Report on sanitation, dispensaries, and jails in Rajputana for 1911, and on vaccination for the year 1911-1912 - 1911-1912
Year: 1911
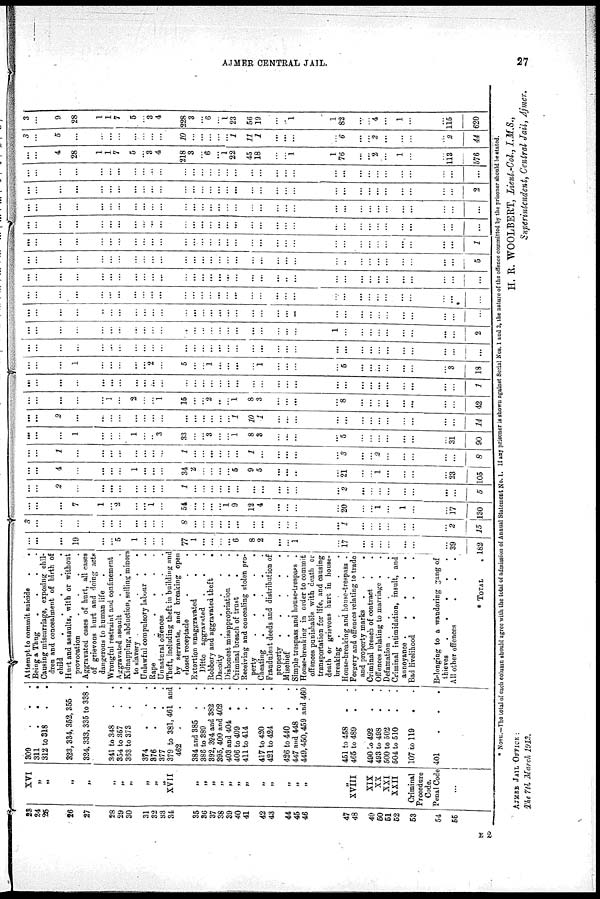
AJMER CENTRAL JAIL.
27
23
24
26
26
27
28
29
30
31
32
33
34
35
36
37
38
39
40
41
42
43
44
45
46
47
48
49
50
51
52
53
54
55
XVI
„
„
„
„
„
„
„
„
„
„
XVII
„
„
„
„
„
„
„
„
„
„
„
„
„
XVIII
XIX
XX
XXI
XXII
Criminal
Procedure
Code.
Penal Code
...
309
.
.
.
311
. . .
312 to 318 . .
323,334,352, 355 .
324, 333,335 to 338 .
341 to 348 . .
354 to 357 . .
363 to 373 . .
374
.
. .
376
.
.
.
377 . .
379 to 381, 461 and
462
. . .
384 and 385
. .
386 to 389 . .
392, 394 and 382 .
395, 400 and 402 .
403 and 404 . .
406 to 409 . .
411 to 414 . .
417 to 420 . .
421 to 424 . .
426 to 440 . .
447 and 448
. .
449,450,459 and 460
451 to 458 . .
465 to 489 . .
490 to 492 . .
493 to 498 . .
500 to 502 . .
504 to 510 . .
107 to 119 . .
401
.
.
.
Attempt to commit suicide
.
.
Being a Thug
.
.
.
.
Causing miscarriage, exposing chil-
dren and concealment of birth of
child
. . . . .
Hurt and assaults, with or without
provocation
.
.
.
.
Aggravated cases of hurt, all cases
of grievous hurt and doing acts
dangerous to human life .
Wrongful restraint and confinement
Aggravated assault . . .
Kidnapping, abduction, selling minors
to slavery .
.
.
.
Unlawful compulsory labour . .
Rape
.
.
.
.
.
Unnatural offences . . .
Theft, including theft in building and
by servants, and breaking open
closed receptacle . . .
Extortion unaggravated . .
Ditto aggravated
.
.
Robbery and aggravated theft
.
Dacoity
.
.
.
.
.
Dishonest misappropriation. .
Criminal breach of trust
. .
Receiving and concealing stolen pro-
perty
.
.
.
.
.
Cheating
.
.
.
.
.
Fraudulent deeds and distribution of
property .
.
.
.
.
Mischief
.
.
.
.
.
Simple trespass and house-trespass .
House-breaking in order to commit
offences punishable with death or
transportation for life, and causing
death or grievous hurt in house¬
breaking .
.
.
.
House-breaking and house-trespass .
Forgery and offences relating to trade
and property marks
.
.
.
Criminal breach of contract . .
Offences relating to marriage . .
Defamation .
.
.
.
.
Criminal intimidation, insult, and
annoyance .
.
.
.
.
Bad livelihood
.
.
.
.
Belonging to a wandering gang of
thieves
.
.
.
.
.
All other offences
. . .
* TOTAL
.
...
...
...
19
...
...
5
1
...
...
...
77
1
...
...
...
...
6
8
2
...
...
1
...
17
...
...
...
...
...
...
...
39
182
3
...
...
...
...
...
...
...
...
...
...
8
...
...
...
...
...
...
...
...
...
...
...
...
1
...
...
...
...
...
...
...
2
15
...
...
...
7
1
...
2
...
...
1
...
54
...
...
...
...
1
9
12
4
...
...
...
...
20
...
...
1
...
1
...
...
17
130
...
...
2
...
...
...
...
...
...
...
...
1
...
...
...
...
...
...
...
...
...
...
...
...
2
...
...
...
...
...
...
...
...
5
...
...
4
...
...
...
...
1
...
...
...
34
2
...
...
...
...
5
9
5
...
...
...
...
21
...
...
1
...
...
...
...
23
105
...
...
1
...
...
...
...
...
...
...
...
1
...
...
...
...
...
...
1
...
...
...
...
...
3
...
...
2
...
...
...
...
...
8
...
...
...
1
...
...
...
1
...
...
3
33
...
...
3
...
...
1
8
3
...
...
...
...
5
...
...
...
...
...
...
...
31
90
...
...
2
...
...
...
...
...
...
...
...
...
...
...
...
...
...
1
10
1
...
...
...
...
...
...
...
...
...
...
...
...
...
14
...
...
...
...
...
1
...
2
...
...
1
15
...
...
2
...
...
1
8
3
...
...
...
...
8
...
...
...
...
...
...
...
...
42
...
...
...
...
...
...
...
...
...
...
...
...
...
...
...
...
...
...
...
...
...
...
...
...
...
...
...
...
...
...
...
...
...
1
...
...
...
1
...
...
...
...
...
2
...
5
...
...
1
...
...
...
...
1
...
...
...
...
5
...
...
...
...
...
...
...
3
18
...
...
...
...
...
...
...
...
...
...
...
...
...
...
...
...
...
...
...
...
...
...
...
...
...
...
...
...
...
...
...
...
...
...
...
...
...
...
...
...
...
...
...
...
...
...
...
...
...
...
...
...
...
...
...
...
...
1
...
...
...
...
...
...
...
...
...
2
...
...
...
...
...
...
...
...
...
...
...
...
...
...
...
...
...
...
...
...
...
...
...
...
...
...
...
...
...
...
...
...
...
...
...
...
...
...
...
...
...
...
...
...
...
...
...
...
...
...
...
...
...
...
...
...
...
...
...
...
...
...
...
...
...
...
...
...
...
...
...
...
...
...
...
...
...
...
...
...
...
...
...
...
...
...
...
...
...
..
...
...
...
...
...
...
...
...
...
...
...
...
...
...
...
...
...
...
...
...
...
...
...
...
...
...
...
...
...
...
...
...
...
...
...
...
..
...
...
...
...
...
...
...
...
5
...
...
...
...
...
...
...
...
...
...
...
...
...
...
...
...
...
...
...
...
...
...
...
...
...
...
...
...
...
...
...
...
...
1
...
...
...
...
...
...
...
...
...
...
...
...
...
...
...
...
...
...
...
...
...
...
...
...
...
...
...
...
...
...
...
...
...
...
...
...
...
...
...
...
...
...
...
...
...
...
...
...
...
...
...
...
...
...
...
...
...
...
...
...
...
...
...
...
...
...
...
...
...
...
...
...
...
...
...
...
...
...
...
...
...
...
...
...
...
...
...
...
...
...
...
...
...
...
...
...
...
...
...
...
...
2
...
...
...
...
...
...
...
...
...
...
...
...
...
...
...
...
...
...
...
...
...
...
...
...
...
...
...
...
...
...
...
...
...
...
...
4
28
1
1
7
5
...
3
4
218
3
...
6
...
1
22
45
18
...
...
1
1
76
...
...
2
...
1
...
...
113
576
3
...
5
...
...
...
...
...
...
...
...
10
...
...
...
...
...
1
11
1
...
...
...
...
6
...
...
2
...
...
...
...
2
44
3
...
9
28
1
1
7
5
...
3
4
228
3
...
6
...
1
23
56
19
...
...
1
1
82
...
...
4
...
1
...
...
115
620
* NOTE.—The total of each column should agree with the total of admission of Annual Statement No. I. If any prisoner is shown against Serial Nos. 1 and 2, the nature of the offence committed by the prisoner should be stated.
H. R. WOOLBERT, Lieut-Col, I.M.S.,
Superintendent, Central Jail, Ajmer.
AJMER JAIL OFFICE :
The 7th March 1912.
E 2